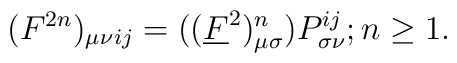
(F^{2n})_{\mu \nu}{}_{ij} = ((\underline{F}^{2})^{n}_{\mu \sigma})P^{ij}_{\sigma \nu}; n\ge 1.